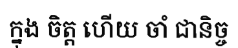
ក្នុង ចិត្ត ហើយ ចាំ ជានិច្ច